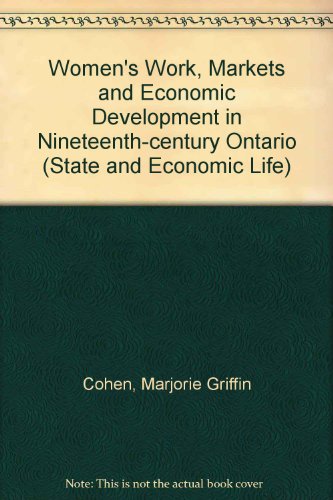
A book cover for Women's Work Markets, and Economic Development in Nineteenth-Century Ontario (State and Economic Life); Marjorie Griffin Cohen; Business & Money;